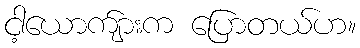
ငါ့ယောက်ျားက ပြောတယ်ဟ။